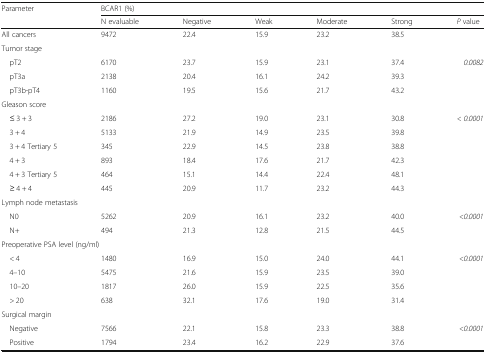
<table><thead><tr><td><b>Parameter</b></td><td colspan="6"><b>BCAR1 (%)</b></td></tr><tr><td></td><td><b>N evaluable</b></td><td><b>Negative</b></td><td><b>Weak</b></td><td><b>Moderate</b></td><td><b>Strong</b></td><td><b><i>P</i> value</b></td></tr></thead><tbody><tr><td>All cancers</td><td>9472</td><td>22.4</td><td>15.9</td><td>23.2</td><td>38.5</td><td></td></tr><tr><td colspan="7">Tumor stage</td></tr><tr><td> pT2</td><td>6170</td><td>23.7</td><td>15.9</td><td>23.1</td><td>37.4</td><td rowspan="3"><i>0.0082</i></td></tr><tr><td> pT3a</td><td>2138</td><td>20.4</td><td>16.1</td><td>24.2</td><td>39.3</td></tr><tr><td> pT3b-pT4</td><td>1160</td><td>19.5</td><td>15.6</td><td>21.7</td><td>43.2</td></tr><tr><td colspan="7">Gleason score</td></tr><tr><td> ≤ 3 + 3</td><td>2186</td><td>27.2</td><td>19.0</td><td>23.1</td><td>30.8</td><td rowspan="6"><i>&lt; 0.0001</i></td></tr><tr><td> 3 + 4</td><td>5133</td><td>21.9</td><td>14.9</td><td>23.5</td><td>39.8</td></tr><tr><td> 3 + 4 Tertiary 5</td><td>345</td><td>22.9</td><td>14.5</td><td>23.8</td><td>38.8</td></tr><tr><td> 4 + 3</td><td>893</td><td>18.4</td><td>17.6</td><td>21.7</td><td>42.3</td></tr><tr><td> 4 + 3 Tertiary 5</td><td>464</td><td>15.1</td><td>14.4</td><td>22.4</td><td>48.1</td></tr><tr><td> ≥ 4 + 4</td><td>445</td><td>20.9</td><td>11.7</td><td>23.2</td><td>44.3</td></tr><tr><td colspan="7">Lymph node metastasis</td></tr><tr><td> N0</td><td>5262</td><td>20.9</td><td>16.1</td><td>23.2</td><td>40.0</td><td rowspan="2"><i>&lt;0.0001</i></td></tr><tr><td> N+</td><td>494</td><td>21.3</td><td>12.8</td><td>21.5</td><td>44.5</td></tr><tr><td colspan="7">Preoperative PSA level (ng/ml)</td></tr><tr><td> &lt; 4</td><td>1480</td><td>16.9</td><td>15.0</td><td>24.0</td><td>44.1</td><td rowspan="4"><i>&lt;0.0001</i></td></tr><tr><td> 4–10</td><td>5475</td><td>21.6</td><td>15.9</td><td>23.5</td><td>39.0</td></tr><tr><td> 10–20</td><td>1817</td><td>26.0</td><td>15.9</td><td>22.5</td><td>35.6</td></tr><tr><td> &gt; 20</td><td>638</td><td>32.1</td><td>17.6</td><td>19.0</td><td>31.4</td></tr><tr><td colspan="7">Surgical margin</td></tr><tr><td> Negative</td><td>7566</td><td>22.1</td><td>15.8</td><td>23.3</td><td>38.8</td><td rowspan="2"><i>&lt;0.0001</i></td></tr><tr><td> Positive</td><td>1794</td><td>23.4</td><td>16.2</td><td>22.9</td><td>37.6</td></tr></tbody></table>